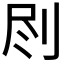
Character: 𠛾